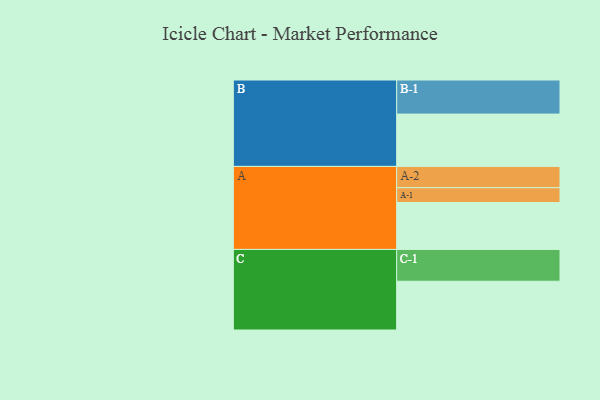
{"axis": {"x": "Segment", "y": "Value"}, "legend": ["", "A", "B", "C"], "data": [{"x": "A", "y": 304, "type": ""}, {"x": "B", "y": 339, "type": ""}, {"x": "C", "y": 316, "type": ""}, {"x": "A-1", "y": 96, "type": "A"}, {"x": "A-2", "y": 138, "type": "A"}, {"x": "B-1", "y": 221, "type": "B"}, {"x": "C-1", "y": 206, "type": "C"}]}